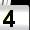
Digit: 4